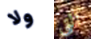
ولا التي